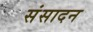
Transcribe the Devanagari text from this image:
संसादन